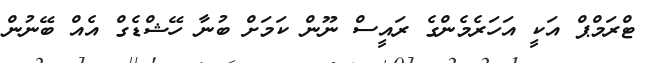
ޓްރަމްޕް އަކީ އަހަރެމެންގެ ރައީސް ނޫން ކަމަށް ބުނާ ހޭޝްޑެގް އެއް ބޭނުން